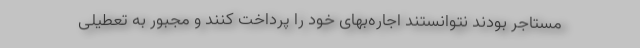
مستاجر بودند نتوانستند اجاره‌بهای خود را پرداخت کنند و مجبور به تعطیلی